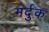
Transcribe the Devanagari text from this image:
मर्दुक